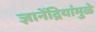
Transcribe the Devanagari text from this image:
ज्ञानेंद्रियांमुळे